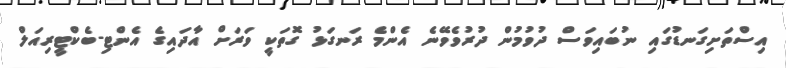
އިސްތަށިގަނޑުގައި ނުބައިވަސް ދުވުމުން ދުރުވެވޭނެ އެންމެ ރަނގަޅު ގޮތަކީ ވަރަށް އާދައިގެ އެންޓި-ބެކްޓީރިއަލް